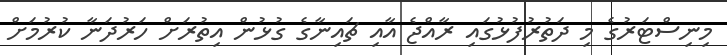
މިނިސްޓަރުގެ މި ދަތުރުފުޅުގައި ރާއްޖެ އާއި ޗައިނާގެ ގުޅުން އިތުރަށް ހަރުދަނާ ކުރުމަށް